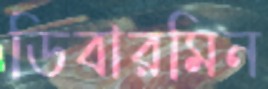
ডিবারমিন